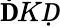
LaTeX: \mathbf ḊKḌ